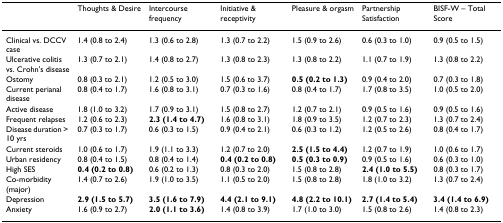
<table><thead><tr><td></td><td><b>Thoughts &amp; Desire</b></td><td><b>Intercourse frequency</b></td><td><b>Initiative &amp; receptivity</b></td><td><b>Pleasure &amp; orgasm</b></td><td><b>Partnership Satisfaction</b></td><td><b>BISF-W – Total Score</b></td></tr></thead><tbody><tr><td>Clinical vs. DCCV case</td><td>1.4 (0.8 to 2.4)</td><td>1.3 (0.6 to 2.8)</td><td>1.3 (0.7 to 2.2)</td><td>1.5 (0.9 to 2.6)</td><td>0.6 (0.3 to 1.0)</td><td>0.9 (0.5 to 1.5)</td></tr><tr><td>Ulcerative colitis vs. Crohn&#x27;s disease</td><td>1.3 (0.7 to 2.1)</td><td>1.4 (0.8 to 2.7)</td><td>1.3 (0.8 to 2.3)</td><td>1.3 (0.8 to 2.2)</td><td>1.1 (0.7 to 1.9)</td><td>1.3 (0.8 to 2.2)</td></tr><tr><td>Ostomy</td><td>0.8 (0.3 to 2.1)</td><td>1.2 (0.5 to 3.0)</td><td>1.5 (0.6 to 3.7)</td><td><b>0.5 (0.2 to 1.3)</b></td><td>0.9 (0.4 to 2.0)</td><td>0.7 (0.3 to 1.8)</td></tr><tr><td>Current perianal disease</td><td>0.8 (0.4 to 1.7)</td><td>1.6 (0.8 to 3.1)</td><td>0.7 (0.3 to 1.6)</td><td>0.8 (0.4 to 1.7)</td><td>1.7 (0.8 to 3.5)</td><td>1.0 (0.5 to 2.0)</td></tr><tr><td>Active disease</td><td>1.8 (1.0 to 3.2)</td><td>1.7 (0.9 to 3.1)</td><td>1.5 (0.8 to 2.7)</td><td>1.2 (0.7 to 2.1)</td><td>0.9 (0.5 to 1.6)</td><td>0.9 (0.5 to 1.6)</td></tr><tr><td>Frequent relapses</td><td>1.2 (0.6 to 2.3)</td><td><b>2.3 (1.4 to 4.7)</b></td><td>1.6 (0.8 to 3.1)</td><td>1.8 (0.9 to 3.5)</td><td>1.2 (0.7 to 2.3)</td><td>1.3 (0.7 to 2.4)</td></tr><tr><td>Disease duration &gt; 10 yrs</td><td>0.7 (0.3 to 1.7)</td><td>0.6 (0.3 to 1.5)</td><td>0.9 (0.4 to 2.1)</td><td>0.6 (0.3 to 1.2)</td><td>1.2 (0.5 to 2.6)</td><td>0.8 (0.4 to 1.7)</td></tr><tr><td>Current steroids</td><td>1.0 (0.6 to 1.7)</td><td>1.9 (1.1 to 3.3)</td><td>1.2 (0.7 to 2.0)</td><td><b>2.5 (1.5 to 4.4)</b></td><td>1.2 (0.7 to 1.9)</td><td>1.0 (0.6 to 1.7)</td></tr><tr><td>Urban residency</td><td>0.8 (0.4 to 1.5)</td><td>0.8 (0.4 to 1.4)</td><td><b>0.4 (0.2 to 0.8)</b></td><td><b>0.5 (0.3 to 0.9)</b></td><td>0.9 (0.5 to 1.6)</td><td>0.6 (0.3 to 1.0)</td></tr><tr><td>High SES</td><td><b>0.4 (0.2 to 0.8)</b></td><td>0.6 (0.2 to 1.3)</td><td>0.8 (0.3 to 2.0)</td><td>1.5 (0.8 to 2.8)</td><td><b>2.4 (1.0 to 5.5)</b></td><td>0.8 (0.3 to 1.7)</td></tr><tr><td>Co-morbidity (major)</td><td>1.4 (0.7 to 2.6)</td><td>1.9 (1.0 to 3.5)</td><td>1.1 (0.5 to 2.0)</td><td>1.5 (0.8 to 2.8)</td><td>1.8 (1.0 to 3.2)</td><td>1.3 (0.7 to 2.4)</td></tr><tr><td>Depression</td><td><b>2.9 (1.5 to 5.7)</b></td><td><b>3.5 (1.6 to 7.9)</b></td><td><b>4.4 (2.1 to 9.1)</b></td><td><b>4.8 (2.2 to 10.1)</b></td><td><b>2.7 (1.4 to 5.4)</b></td><td><b>3.4 (1.4 to 6.9)</b></td></tr><tr><td>Anxiety</td><td>1.6 (0.9 to 2.7)</td><td><b>2.0 (1.1 to 3.6)</b></td><td>1.4 (0.8 to 3.9)</td><td>1.7 (1.0 to 3.0)</td><td>1.5 (0.8 to 2.6)</td><td>1.4 (0.8 to 2.3)</td></tr></tbody></table>